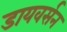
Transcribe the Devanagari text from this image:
डायवर्सन